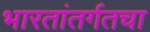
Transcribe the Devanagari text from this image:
भारतांतर्गतचा